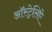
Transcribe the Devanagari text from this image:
ऑस्ट्रेलिऐ